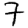
Digit: 7